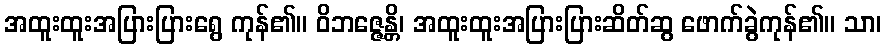
အထူးထူးအပြားပြားရွေ ကုန်၏။ ဝိဘဇ္ဇေန္တိ၊ အထူးထူးအပြားပြားဆိတ်ဆွ ဖောက်ခွဲကုန်၏။ သာ၊